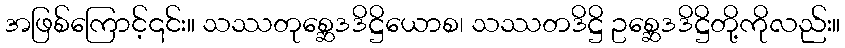
အဖြစ်ကြောင့်၎င်း။ သဿတုစ္ဆေဒဒိဋ္ဌိယောစ၊ သဿတဒိဋ္ဌိ ဥစ္ဆေဒဒိဋ္ဌိတို့ကိုလည်း။